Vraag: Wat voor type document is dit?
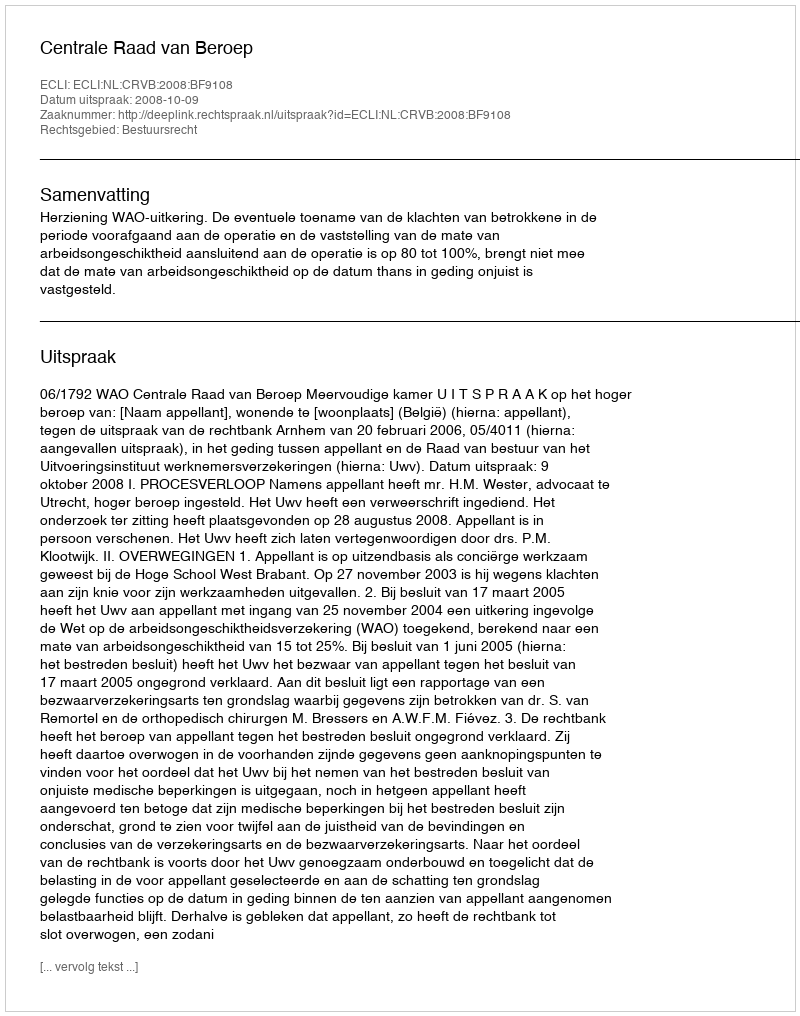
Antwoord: Uitspraak